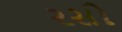
રસો